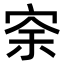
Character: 𡨀